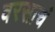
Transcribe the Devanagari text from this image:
वरसाचं